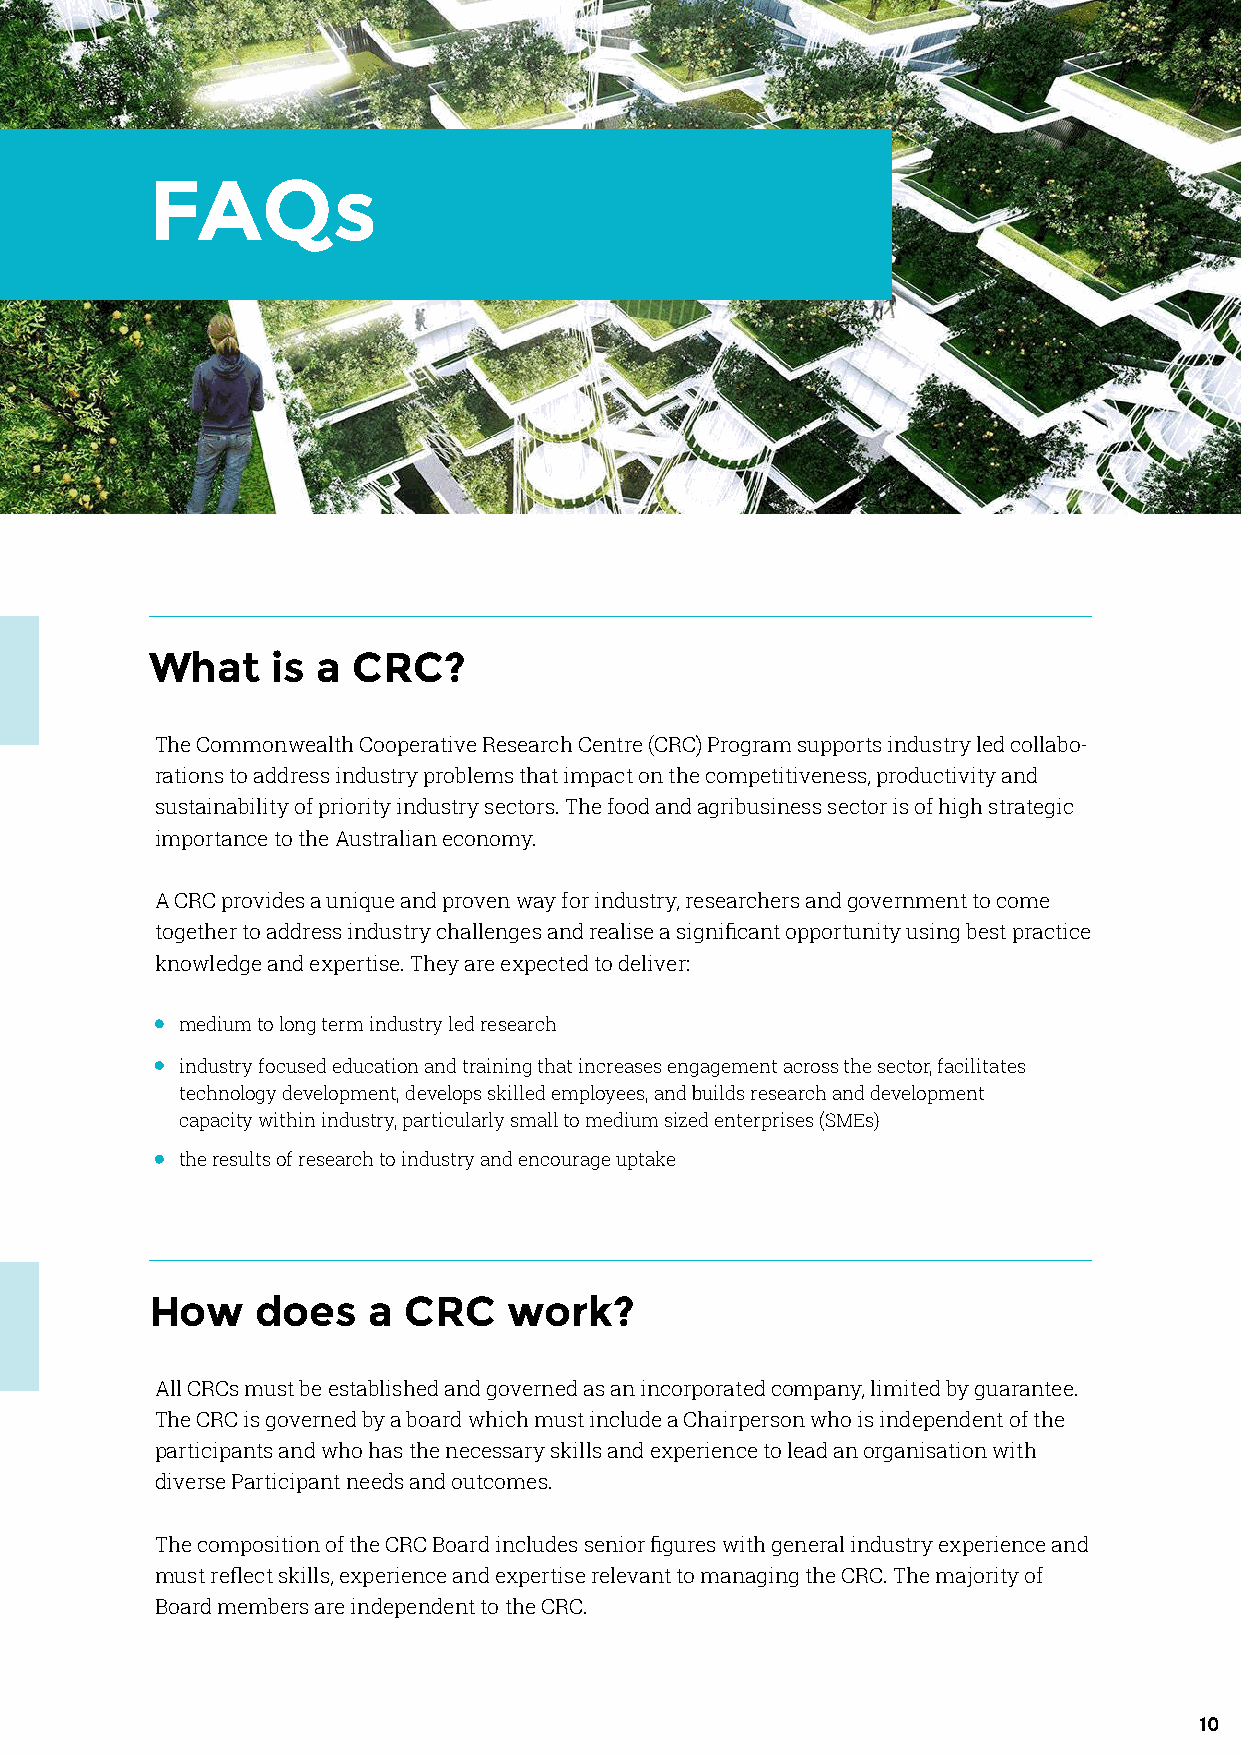
FAQs
 What    is a CRC?
 The Commonwealth Cooperative Research Centre (CRC) Program supports industry led collabo-
 rations to address industry problems that impact on the competitiveness, productivity and
 sustainability of priority industry sectors. The food and agribusiness sector is of high strategic
 importance to the Australian economy.
 A CRC provides a unique and proven way for industry, researchers and government to come
 together to address industry challenges and realise a significant opportunity using best practice
 knowledge and expertise. They are expected to deliver:
 medium to long term industry led research
 industry focused education and training that increases engagement across the sector, facilitates
 technology development, develops skilled employees, and builds research and development
 capacity within industry, particularly small to medium sized enterprises (SMEs)
 the results of research to industry and encourage uptake
 How    does   a  CRC    work?
 All CRCs must be established and governed as an incorporated company, limited by guarantee.
 The CRC is governed by a board which must include a Chairperson who is independent of the
 participants and who has the necessary skills and experience to lead an organisation with
 diverse Participant needs and outcomes.
 The composition of the CRC Board includes senior figures with general industry experience and
 must reflect skills, experience and expertise relevant to managing the CRC. The majority of
 Board members are independent to the CRC.
 10